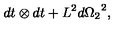
d t \otimes d t + { L ^ { 2 } } { d { \Omega _ { 2 } } } ^ { 2 } ,